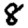
Digit: 8